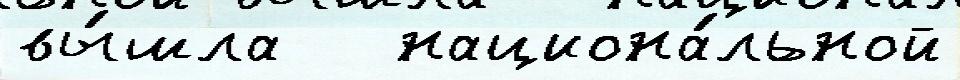
вы́шла   национа́льной